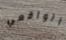
الواقعي